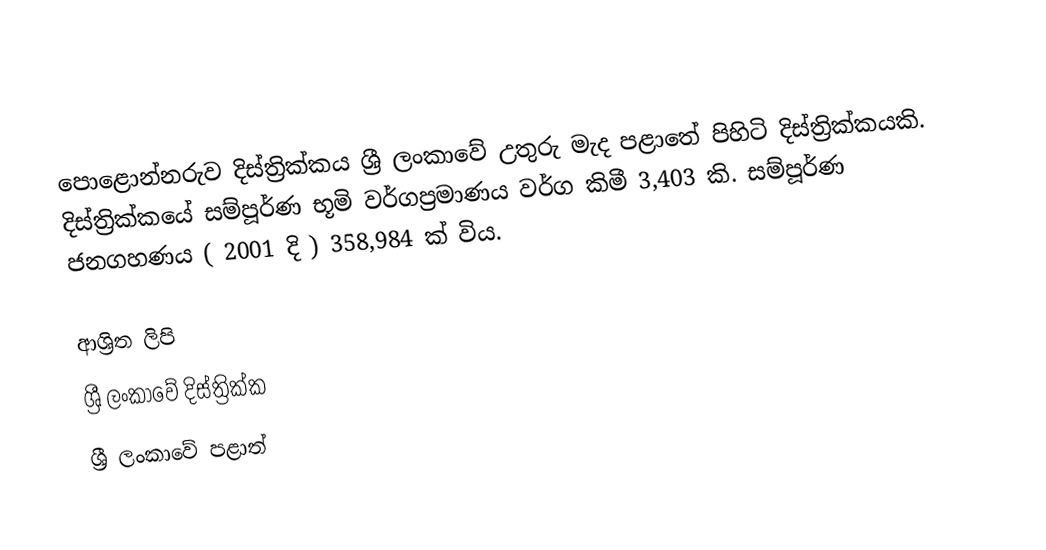
පොළොන්නරුව දිස්ත්‍රික්කය ශ්‍රී ලංකාවේ උතුරු මැද පළාතේ පිහිටි දිස්ත්‍රික්කයකි. දිස්ත්‍රික්කයේ සම්පූර්ණ භූමි වර්ගප්‍රමාණය වර්ග කිමී 3,403 කි. සම්පූර්ණ ජනගහණය ( 2001 දි ) 358,984 ක් විය.

ආශ්‍රිත ලිපි
ශ්‍රී ලංකාවේ දිස්ත්‍රික්ක
ශ්‍රී ලංකාවේ පළාත්